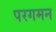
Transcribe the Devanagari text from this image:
परगमन